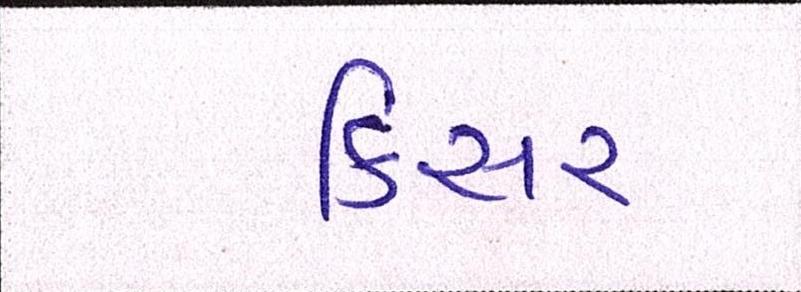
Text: કિસર